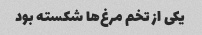
یکی از تخم مرغ‌ها شکسته بود